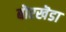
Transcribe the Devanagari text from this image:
बॊरखॆडा